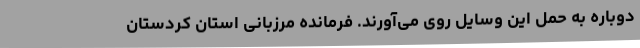
دوباره به حمل این وسایل روی می‌آورند. فرمانده مرزبانی استان کردستان